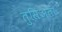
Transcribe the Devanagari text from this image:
तुसिअता